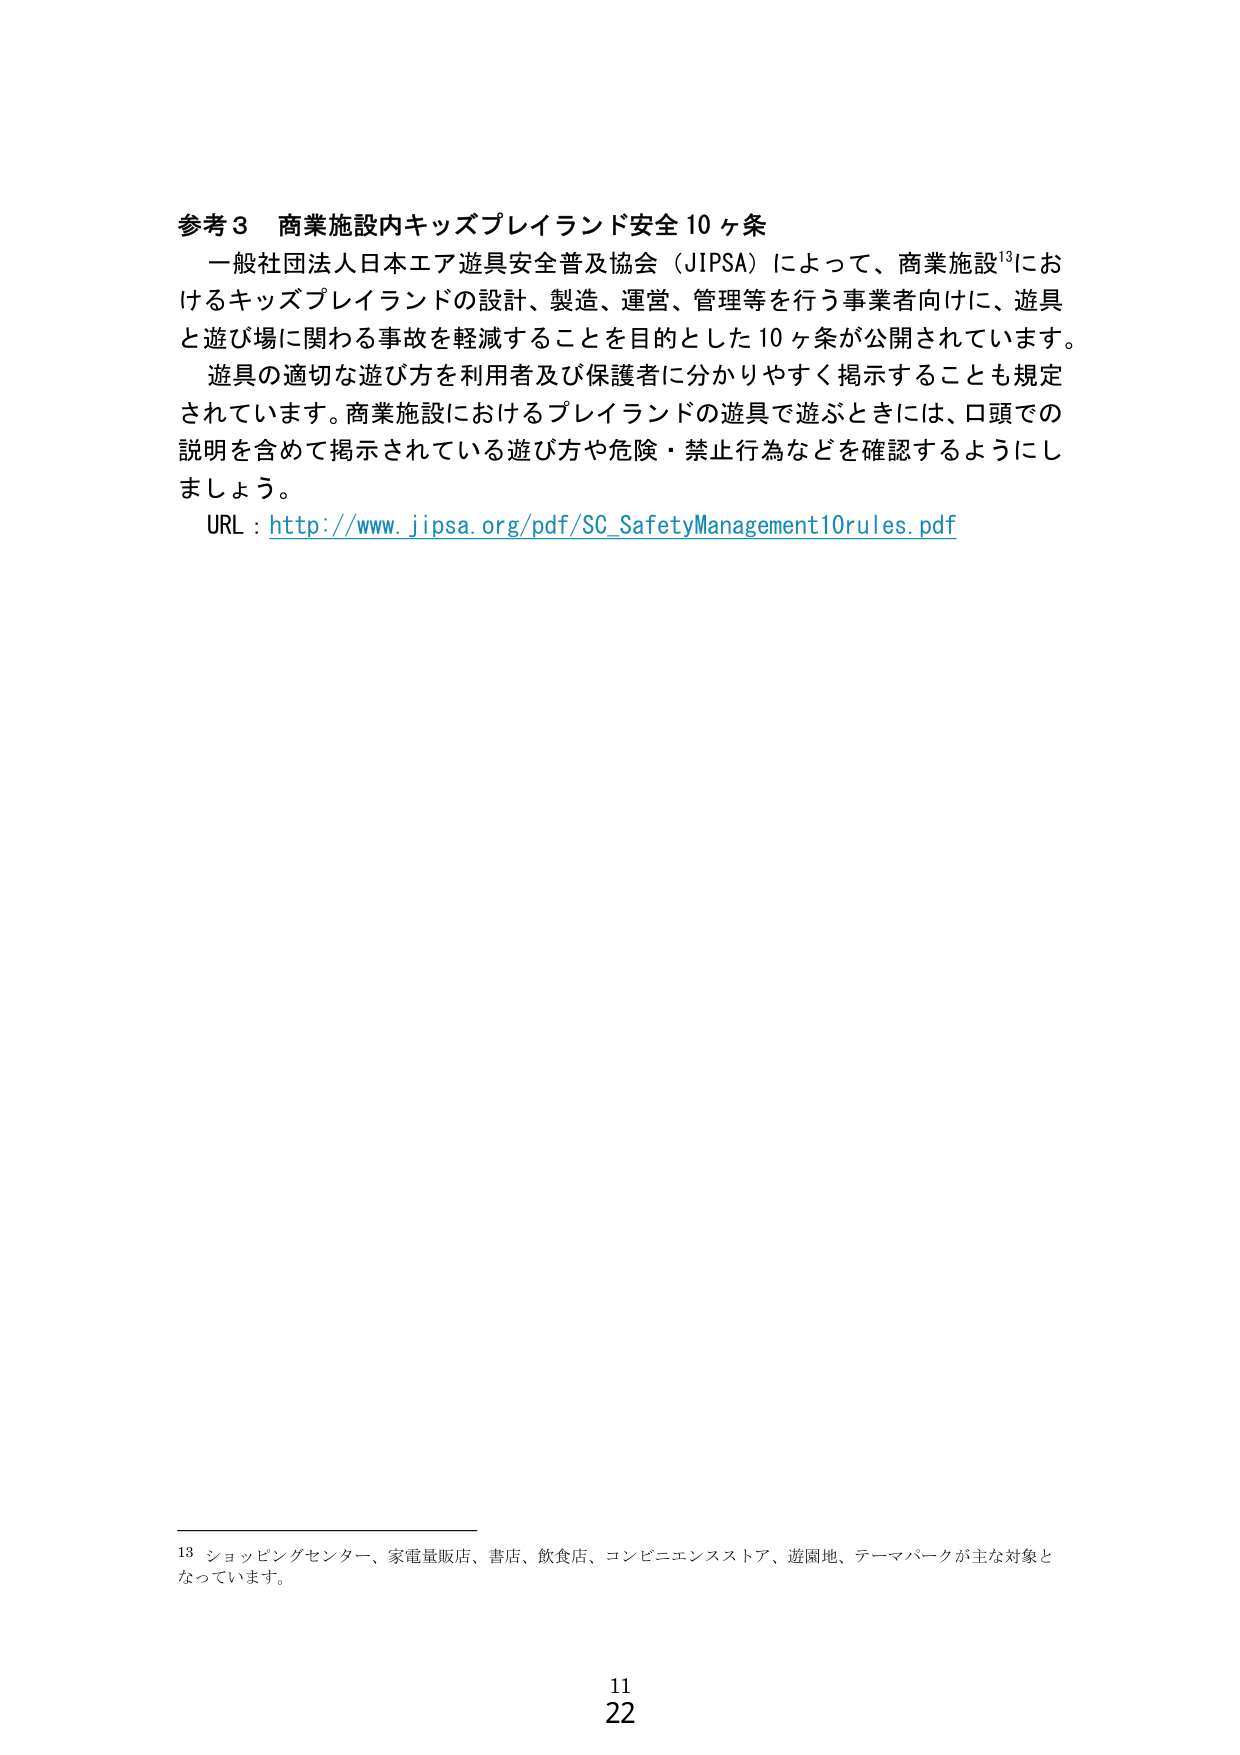
参考３ 商業施設内キッズプレイランド安全10ヶ条
一般社団法人日本エア遊具安全普及協会（JIPSA）によって、商業施設¹³におけるキッズプレイランドの設計、製造、運営、管理等を行う事業者向けに、遊具と遊び場に関わる事故を軽減することを目的とした10ヶ条が公開されています。
遊具の適切な遊び方を利用者及び保護者に分かりやすく掲示することも規定されています。商業施設におけるプレイランドの遊具で遊ぶときには、口頭での説明を含めて掲示されている遊び方や危険・禁止行為などを確認するようにしましょう。
URL : http://www.jipsa.org/pdf/SC_SafetyManagement10rules.pdf

¹³ ショッピングセンター、家電量販店、書店、飲食店、コンビニエンスストア、遊園地、テーマパークが主な対象となっています。

11
22